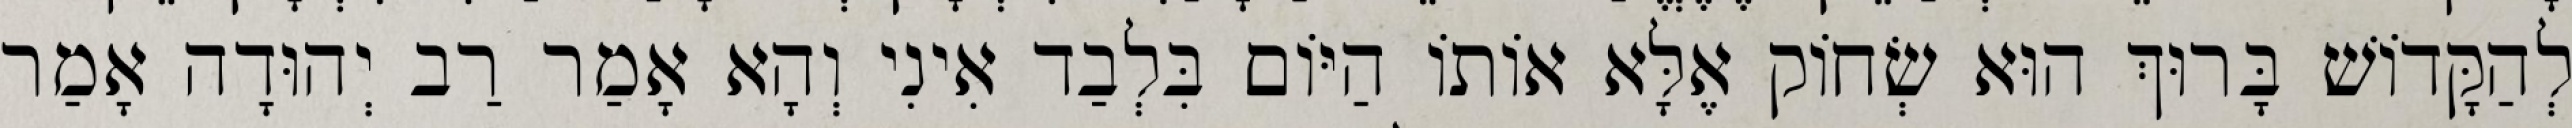
לְהַקָּדוֹשׁ בָּרוּךְ הוּא שְׂחוֹק אֶלָּא אוֹתוֹ הַיּוֹם בִּלְבַד אִינִי וְהָא אָמַר רַב יְהוּדָה אָמַר